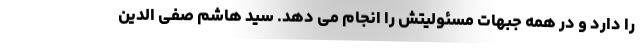
را دارد و در همه جبهات مسئولیتش را انجام می دهد. سید هاشم صفی الدین